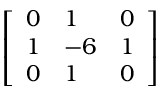
\left[ \begin{array} { l l l } { 0 } & { 1 } & { 0 } \\ { 1 } & { - 6 } & { 1 } \\ { 0 } & { 1 } & { 0 } \end{array} \right]